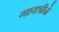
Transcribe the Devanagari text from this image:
गायत्रीने